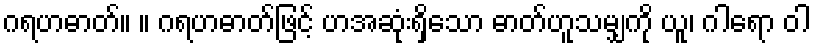
ဂရဟဓာတ်။ ။ ဂရဟဓာတ်ဖြင့် ဟအဆုံးရှိသော ဓာတ်ဟူသမျှကို ယူ၊ ဂါရော ဝါ